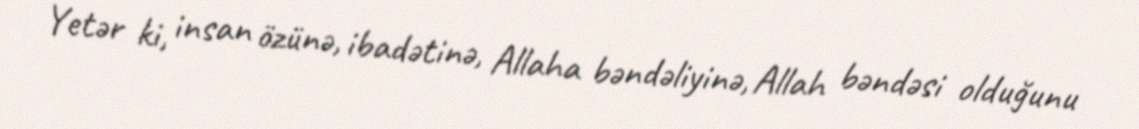
Yetər ki, insan özünə, ibadətinə, Allaha bəndəliyinə, Allah bəndəsi olduğunu